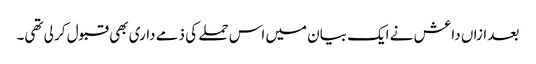
بعد ازاں داعش نے ایک بیان میں اس حملے کی ذمے داری بھی قبول کر لی تھی۔